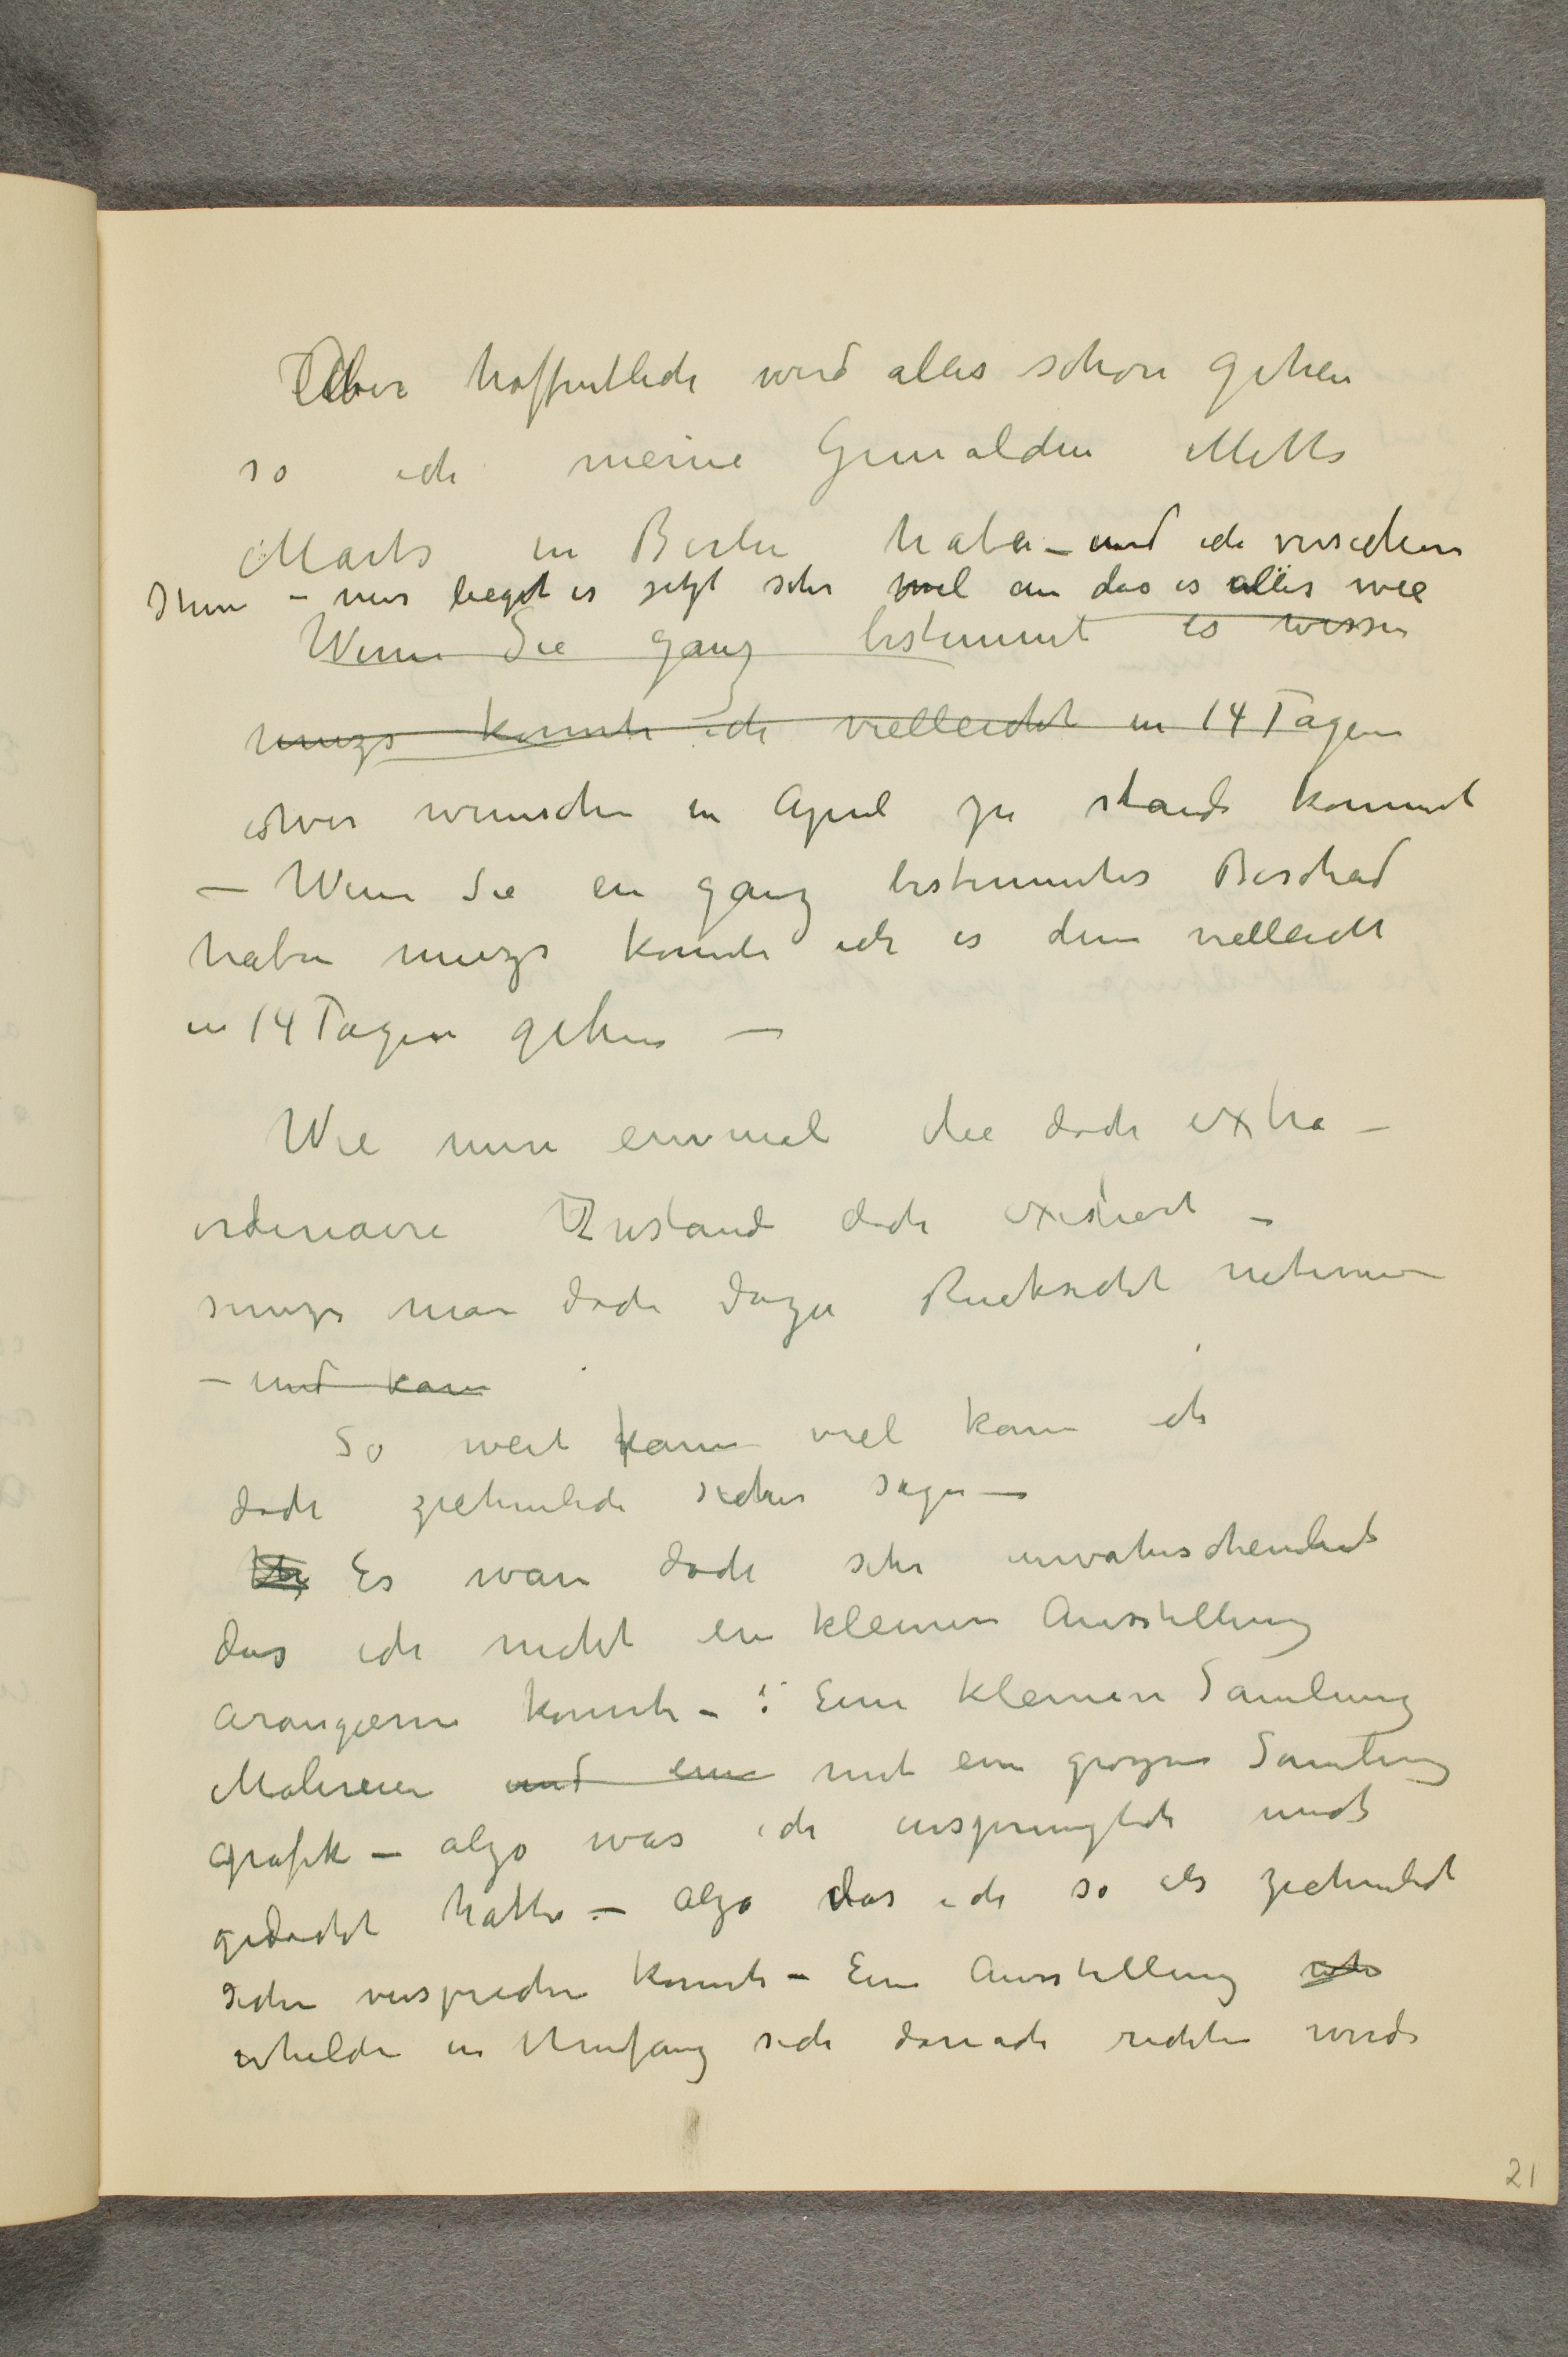
Aber hoffentlich wird alles schon gehen
so ich meine Gemalden Mitts
Marts in Berlin haben - und ich versichere
Ihnen - mir liegt es jetzt sehr viel an das es alles wie
Wenn Sie ganz bestimmt es wissen
muzs konnte ich vielleicht in 14 Tagen
es wir wunschen in April zu stande kommt
- Wenn Sie ein ganz bestimmtes Bescheid
haben muss konnte ich es denn vielleicht
in 14 Tagen geben -
Wie nun einmal die doch extra-
ordinaire Zustand doch existiert -
muzs man doch dazu Rucksicht nehmen
- und kann
So weit kann viel kann ich
doch ziehmlich sicher sagen -
... Es ware doch sehr unwahrscheinlich
das ich nicht ein kleinere Ausstellung
arangieren konnte -: Eine kleinere Samlung
Malereien und eine mit ein grozser Samlung
grafik - alzo was ich ursprunglich mich
gedacht hatte - alzo das ich so als ziehmlich
sicher versprechen konnte - Ein Ausstellung ...
whelche in Umfang sich danach richten werde